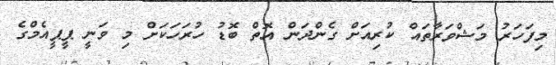
މިފަހަރު މަޝްވަރާތައް ކުރިއަށް ގެންދަން އޮތް ބޮޑު ހުރަހަކަށް މި ވަނީ ޕީޕީއެމްގެ